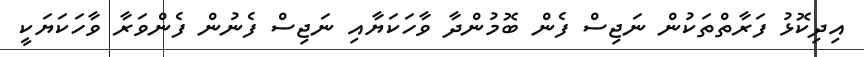
އިދިކޮޅު ފަރާތްތަކުން ނަޖިސް ފެން ބޮމުންދާ ވާހަކަޔާއި ނަޖިސް ފެނުން ފެންވަރާ ވާހަކަޔަކީ